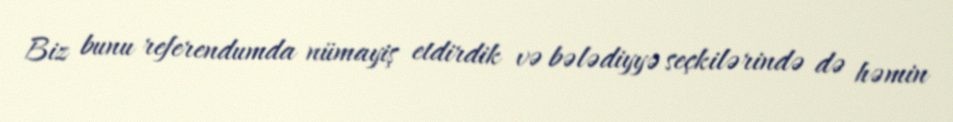
Biz bunu referendumda nümayiş etdirdik və bələdiyyə seçkilərində də həmin